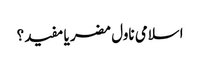
اسلامی ناول مضر یا مفید؟